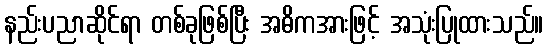
နည်းပညာဆိုင်ရာ တစ်ခုဖြစ်ပြီး အဓိကအားဖြင့် အသုံးပြုထားသည်။